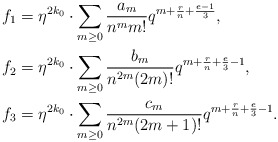
\begin{align*}f_1 &=\eta^{2k_0}\cdot\sum_{m \geq 0} \frac{a_m}{n^mm!}q^{m+\frac{r}{n}+\frac{e-1}{3}}, \\f_2&=\eta^{2k_0}\cdot\sum_{m \geq 0} \frac{b_m}{n^{2m}(2m)!}q^{m+\frac{r}{n}+\frac{e}{3}-1}, \\f_3 &=\eta^{2k_0}\cdot\sum_{m \geq 0} \frac{c_m}{n^{2m}(2m+1)!}q^{m+\frac{r}{n}+\frac{e}{3}-1}.\end{align*}